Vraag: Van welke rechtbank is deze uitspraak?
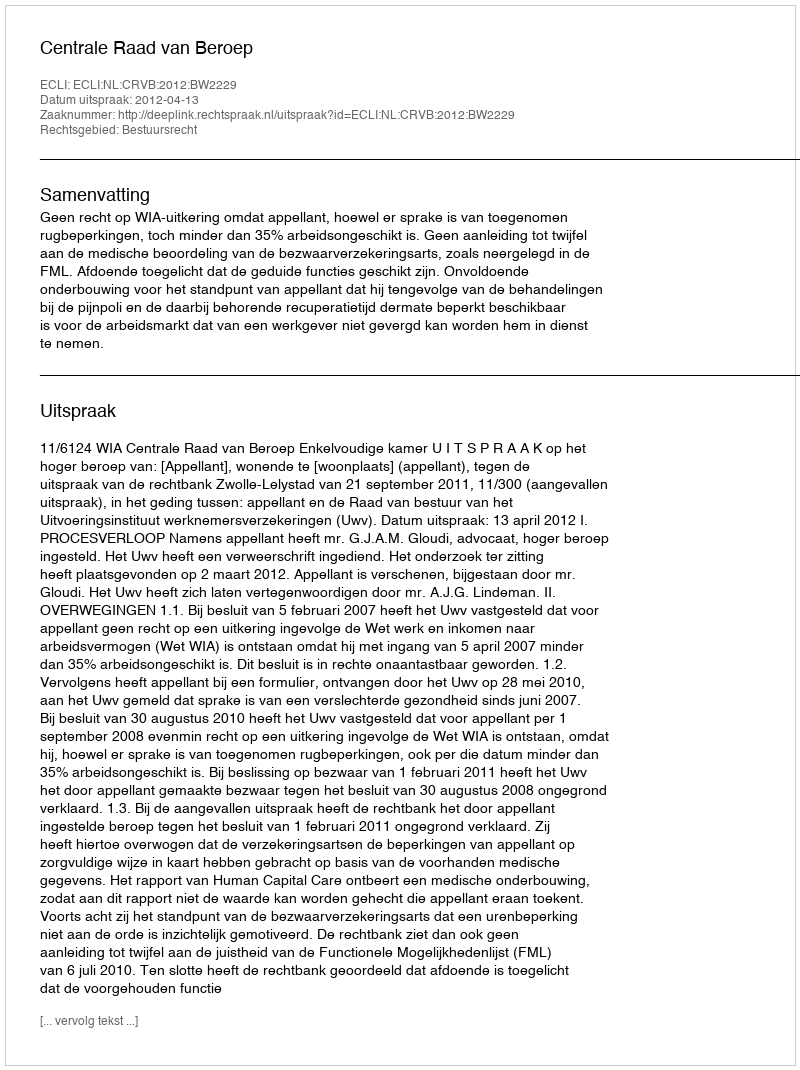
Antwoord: Centrale Raad van Beroep